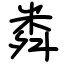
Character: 粦